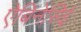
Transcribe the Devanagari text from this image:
ऐबिनेसिई